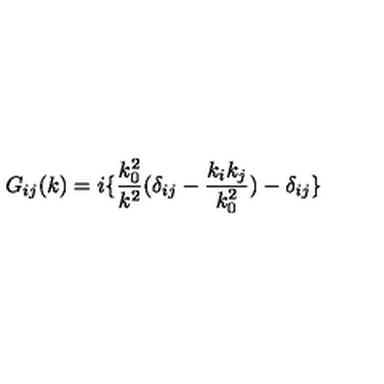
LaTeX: G _ { i j } ( k ) = i \{ \frac { k _ { 0 } ^ { 2 } } { k ^ { 2 } } ( \delta _ { i j } - \frac { k _ { i } k _ { j } } { k _ { 0 } ^ { 2 } } ) - \delta _ { i j } \}